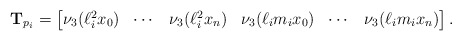
\begin{align*} \mathbf{T}_{p_i} = \begin{bmatrix} \nu_3(\ell_i^2 x_0) & \cdots & \nu_3(\ell_i^2 x_n) & \nu_3(\ell_i m_i x_0) & \cdots & \nu_3(\ell_i m_i x_n) \end{bmatrix}.\end{align*}